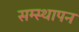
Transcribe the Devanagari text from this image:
सम्स्थापन